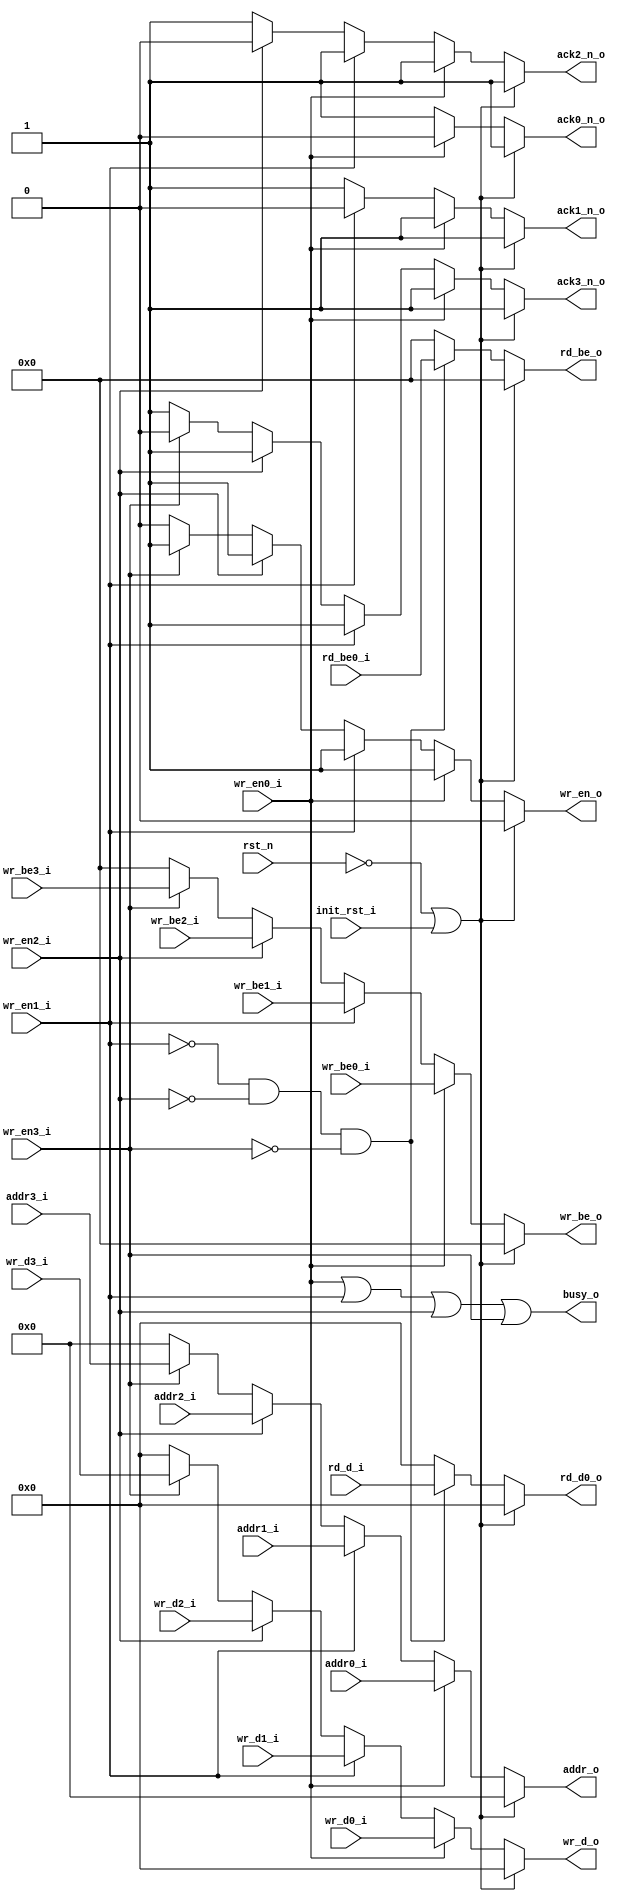
module BAR1_WR_ARBITER (
						rst_n,
						init_rst_i,
						wr_en0_i,
						addr0_i,
						wr_be0_i,
						wr_d0_i,
						wr_en1_i,
						addr1_i,
						wr_be1_i,
						wr_d1_i,
						wr_en2_i,
						addr2_i,
						wr_be2_i,
						wr_d2_i,
						wr_en3_i,
						addr3_i,
						wr_be3_i,
						wr_d3_i,
						rd_be0_i,
						rd_d0_o,
						wr_en_o,
						addr_o,
						wr_be_o,
						wr_d_o,
						ack0_n_o,
						ack1_n_o,
						ack2_n_o,
						ack3_n_o,
						rd_be_o,
						rd_d_i,
						busy_o
						);
	input				rst_n;
	input				init_rst_i;
	input				wr_en0_i;
	input [6:0]			addr0_i;
	input [3:0]			wr_be0_i;
	input [31:0]		wr_d0_i;
	input				wr_en1_i;
	input [6:0]			addr1_i;
	input [3:0]			wr_be1_i;
	input [31:0]		wr_d1_i;
	input				wr_en2_i;
	input [6:0]			addr2_i;
	input [3:0]			wr_be2_i;
	input [31:0]		wr_d2_i;
	input				wr_en3_i;
	input [6:0]			addr3_i;
	input [3:0]			wr_be3_i;
	input [31:0]		wr_d3_i;
	input [3:0]			rd_be0_i;
	output [31:0]		rd_d0_o;
	output				wr_en_o;
	output [6:0]		addr_o;
	output [3:0]		wr_be_o;
	output [31:0]		wr_d_o;
	output				ack0_n_o;
	output				ack1_n_o;
	output				ack2_n_o;
	output				ack3_n_o;
	output [3:0]		rd_be_o;
	input [31:0]		rd_d_i;
	output				busy_o;
	reg [31:0]			rd_d0_o;
	reg					wr_en_o;
	reg [6:0]			addr_o;
	reg [3:0]			wr_be_o;
	reg [31:0]			wr_d_o;
	reg					ack0_n_o;
	reg					ack1_n_o;
	reg					ack2_n_o;
	reg					ack3_n_o;
	reg [3:0]			rd_be_o;
	assign 				busy_o = wr_en0_i | wr_en1_i | wr_en2_i | wr_en3_i;
	always @( * ) begin
		if( !rst_n | init_rst_i ) begin
			wr_en_o = 1'b0;
			addr_o = 7'b0;
			wr_be_o = 4'b0;
			wr_d_o = 32'b0;
			ack0_n_o = 1'b1;
			ack1_n_o = 1'b1;
			ack2_n_o = 1'b1;
			ack3_n_o = 1'b1;
		end
		else begin
			if( wr_en0_i ) begin
				wr_en_o = wr_en0_i;
				addr_o = addr0_i;
				wr_be_o = wr_be0_i;
				wr_d_o = wr_d0_i;
				ack0_n_o = 1'b0;
				ack1_n_o = 1'b1;
				ack2_n_o = 1'b1;
				ack3_n_o = 1'b1;	
			end
			else if( wr_en1_i ) begin
				wr_en_o = wr_en1_i;
				addr_o = addr1_i;
				wr_be_o = wr_be1_i;
				wr_d_o = wr_d1_i;
				ack0_n_o = 1'b1;
				ack1_n_o = 1'b0;
				ack2_n_o = 1'b1;
				ack3_n_o = 1'b1;	
			end
			else if ( wr_en2_i ) begin
				wr_en_o = wr_en2_i;
				addr_o = addr2_i;
				wr_be_o = wr_be2_i;
				wr_d_o = wr_d2_i;
				ack0_n_o = 1'b1;
				ack1_n_o = 1'b1;
				ack2_n_o = 1'b0;
				ack3_n_o = 1'b1;	
			end
			else if ( wr_en3_i ) begin
				wr_en_o = wr_en3_i;
				addr_o = addr3_i;
				wr_be_o = wr_be3_i;
				wr_d_o = wr_d3_i;
				ack0_n_o = 1'b1;
				ack1_n_o = 1'b1;
				ack2_n_o = 1'b1;
				ack3_n_o = 1'b0;	
			end
			else begin
				wr_en_o = 1'b0;
				addr_o = 7'b0;
				wr_be_o = 4'b0;
				wr_d_o = 32'b0;
				ack0_n_o = 1'b1;
				ack1_n_o = 1'b1;
				ack2_n_o = 1'b1;
				ack3_n_o = 1'b1;	
			end 
		end 
	end
	always @( * ) begin
		if( !rst_n | init_rst_i ) begin
			rd_be_o = 4'b0;			
			rd_d0_o = 32'b0;
		end else begin
			if( !wr_en1_i & !wr_en2_i & !wr_en3_i ) begin
				rd_be_o = rd_be0_i;			
				rd_d0_o = rd_d_i;
			end 
			else begin
				rd_be_o = 4'b0;
				rd_d0_o = 32'b0;
			end 
		end 
	end
endmodule